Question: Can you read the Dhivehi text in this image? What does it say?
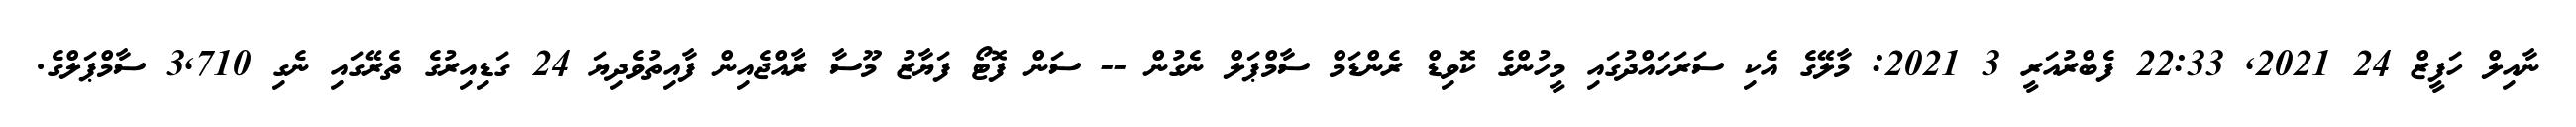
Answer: ނާއިލް ހަފީޒް 24 2021, 22:33 ފެބްރުއަރީ 3 2021: މާލޭގެ އެކި ސަރަހައްދުގައި މީހުންގެ ކޮވިޑް ރެންޑަމް ސާމްޕަލް ނެގުން -- ސަން ފޮޓޯ ފަޔާޒު މޫސާ ރާއްޖެއިން ފާއިތުވެދިޔަ 24 ގަޑިއިރުގެ ތެރޭގައި ނެގި 3,710 ސާމްޕަލްގެ.